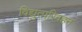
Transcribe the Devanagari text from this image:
विद्युत्परिवहन